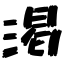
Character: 渇